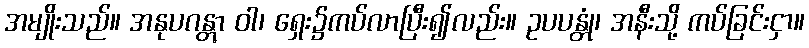
အမျိုးသည်။ အနုပဂန္တွာ ဝါ၊ ရှေး၌ကပ်လာပြီး၍လည်း။ ဥပပန္တုံ၊ အနီးသို့ ကပ်ခြင်းငှာ။